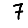
Digit: 7